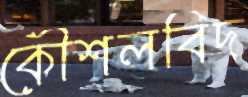
কৌশলবিদ